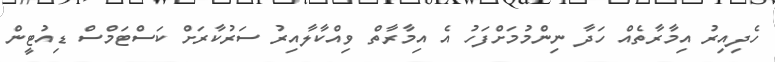
ހެދިއިރު އިމާރާތެއް ހަދާ ނިންމުމަށްފަހު އެ އިމާރާތް ވިއްކާލާއިރު ސަރުކާރަށް ކަސްޓަމްސް ޑިއުޓީން